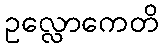
ဥလ္လောကေတိ